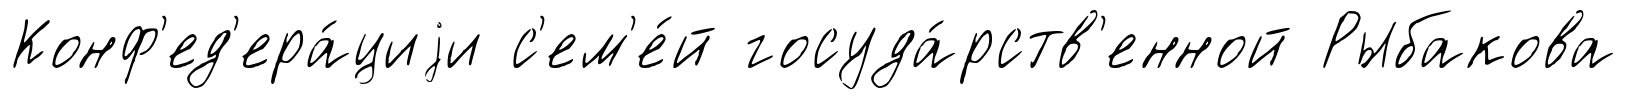
Конф'ед'ера́циjи с'ем'е́й госуда́рств'енной Рыбакова